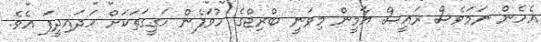
އެހެން ނަަމަވެސް ރައީސް ޔާމީން މިވަނީ ބްރިޖްގެ ހުވަފެން ހަގީގަތަކަށް ހަދައިދީފަ އެވެ.